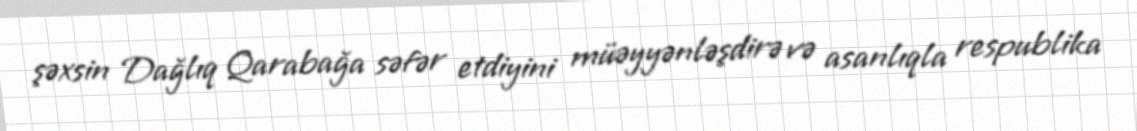
şəxsin Dağlıq Qarabağa səfər etdiyini müəyyənləşdirə və asanlıqla respublika